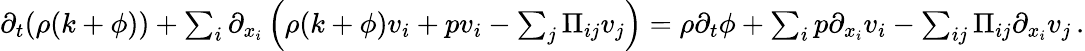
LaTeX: \begin{array}{r}{\partial_{t}(\rho(k+\phi))+\sum_{i}\partial_{x_{i}}\left(\rho(k+\phi)v_{i}+pv_{i}-\sum_{j}\Pi_{ij}v_{j}\right)=\rho\partial_{t}\phi+\sum_{i}p\partial_{x_{i}}v_{i}-\sum_{ij}\Pi_{ij}\partial_{x_{i}}v_{j}\, .}\end{array}